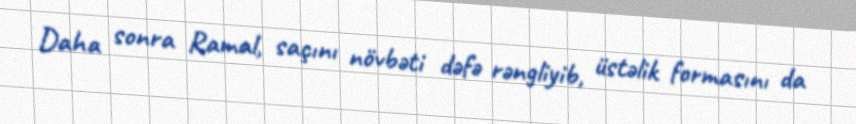
Daha sonra Ramal, saçını növbəti dəfə rəngliyib, üstəlik formasını da